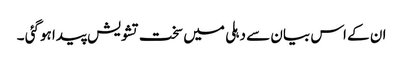
ان کے اس بیان سے دہلی میں سخت تشویش پیدا ہوگئی ۔